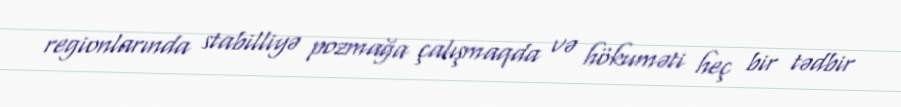
regionlarında stabilliyə pozmağa çalışmaqda və hökuməti heç bir tədbir